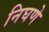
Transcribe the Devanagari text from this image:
निघणे